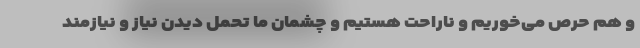
و هم حرص می‌خوریم و ناراحت هستیم و چشمان ما تحمل دیدن نیاز و نیازمند